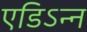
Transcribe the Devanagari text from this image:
एडिऽन्न